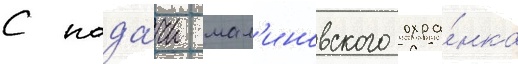
С пода́чи мал'иновского охра́нка